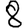
Digit: 8